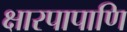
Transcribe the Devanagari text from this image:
क्षारपापाणि